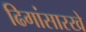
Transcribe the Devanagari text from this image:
ढिगांसारखे